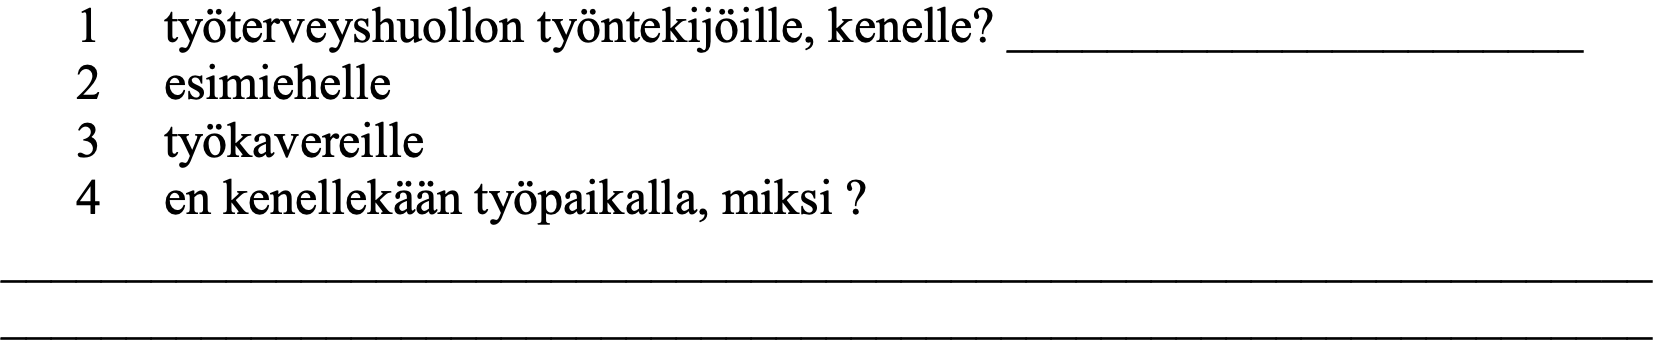
1  työterveyshuollon työntekijöille, kenelle? _______________________ 2  esimiehelle 3  työkavereille 4  en kenellekään työpaikalla, miksi ? __________________________________________________________________ __________________________________________________________________